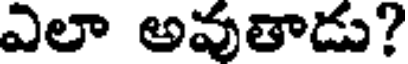
ఎలా అవుతాడు?